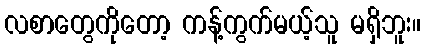
လစာတွေကိုတော့ ကန့်ကွက်မယ့်သူ မရှိဘူး။